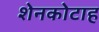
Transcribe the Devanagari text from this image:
शेनकोटाह